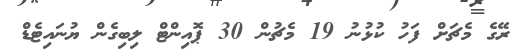
ރޭގެ މެޗަށް ފަހު ކުޅުނު 19 މެޗުން 30 ޕޮއިންޓް ލިބިގެން ޔުނައިޓެޑް